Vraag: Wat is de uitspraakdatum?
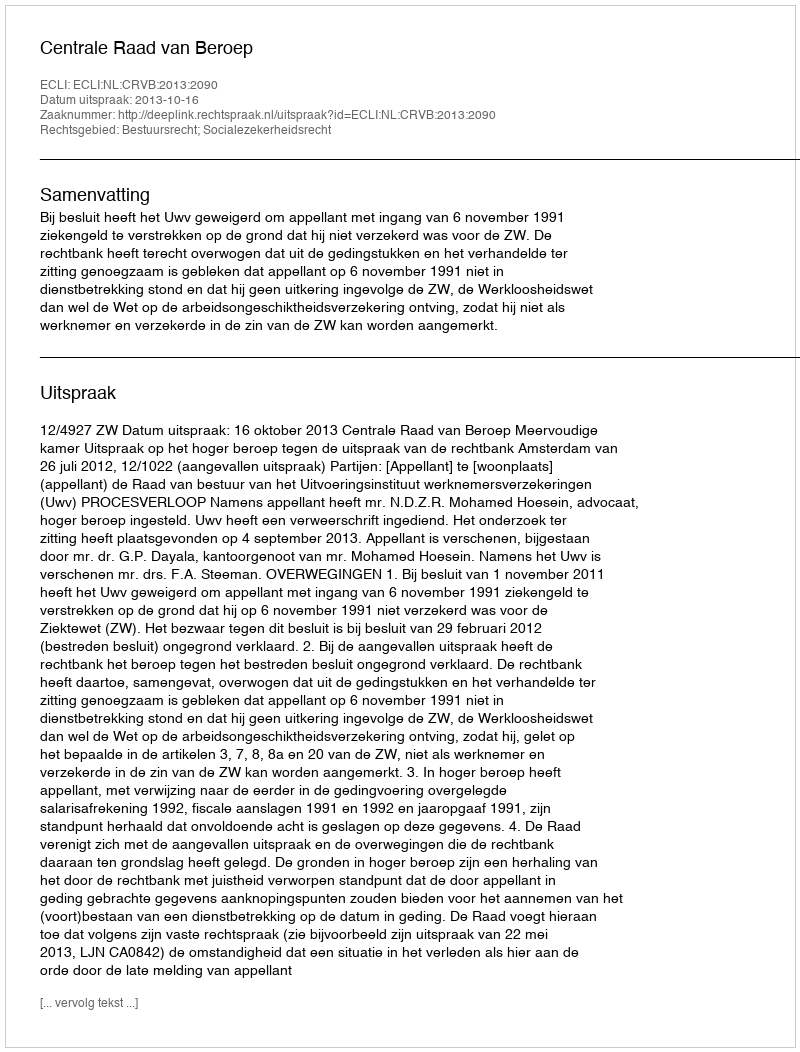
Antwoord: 2013-10-16